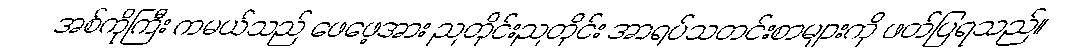
အစ်ကိုကြီး ကမယ်သည် ဖေဖေ့အား ညတိုင်းညတိုင်း အာရပ်သတင်းစာများကို ဖတ်ပြရသည်။